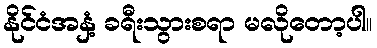
နိုင်ငံအနှံ့ ခရီးသွားစရာ မလိုတော့ပါ။